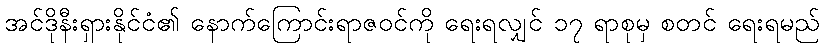
အင်ဒိုနီးရှားနိုင်ငံ၏ နောက်ကြောင်းရာဇဝင်ကို ရေးရလျှင် ၁၇ ရာစုမှ စတင် ရေးရမည်